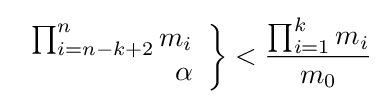
\left.{\begin{array}{r}\prod _{i=n-k+2}^{n}m_{i}\\\alpha \end{array}}\right\}<{\frac {\prod _{i=1}^{k}m_{i}}{m_{0}}}